Civil Veterinary Dept. Bombay admin report 1907-1913 - 1907-1913
Year: 1907
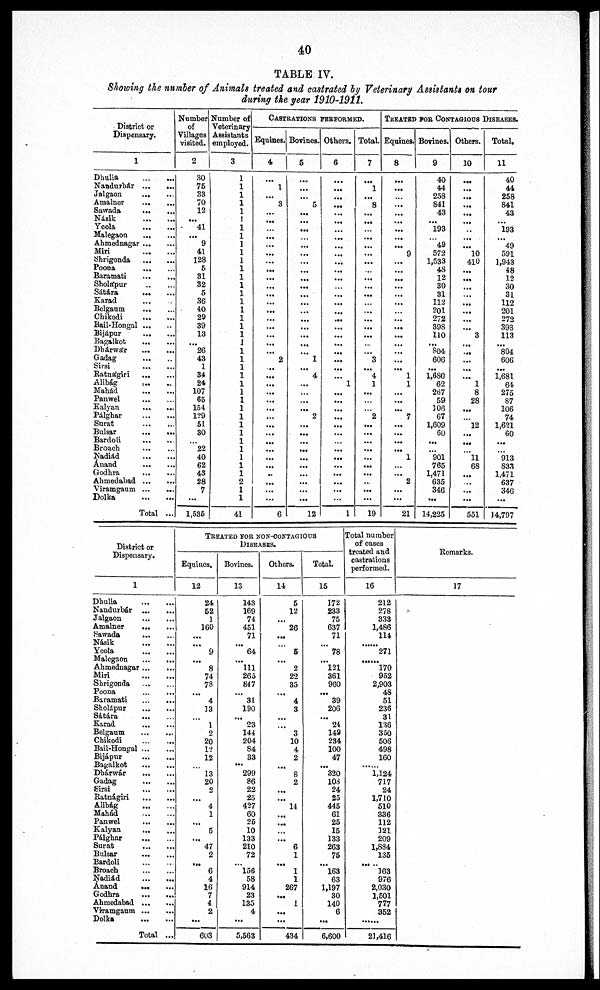
40
TABLE IV.
Showing the number of Animals treated and castrated by Veterinary Assistants on tour
during the year 1910-1911.
District or
Dispensary.
1
Dhulia
...
...
Nandurbár
...
...
Jalgaon
...
...
Amalner
...
...
Sawada
...
...
Násik
...
...
Yeola
...
...
Malegaon
...
...
Ahmednagar ... ...
Miri
...
...
Shrigonda
...
...
Poona
...
...
Baramati
...
...
Sholápur
...
...
Sátára
...
...
Karad ... ...
Belgaum
...
...
Chikodi
...
...
Bail-Hongal ... ...
Bijápur
...
...
Bagalkot
... ...
Dhárwár
...
...
Gadag
...
...
Sirsi
...
...
Ratnágiri
...
...
Alibág ... ...
Mahád
...
...
Panwel
...
...
Kalyan
...
...
Pálghar
...
...
Surat
...
...
Bulsar
...
...
Bardoli
...
...
Broach
...
...
Nadiád
...
...
Anand
...
...
Godhra
...
...
Ahmedabad
...
...
Viramgaum
...
...
Dolka
...
...
Total ...
Number
of
Villages
visited.
2
30
75
33
70
12
...
41
...
9
41
128
5
31
32
5
36
40
29
39
13
...
26
43
1
34
24
107
65
154
129
51
30
...
22
40
62
43
28
7
...
1,536
Number of
Veterinary
Assistants
employed.
3
1
1
1
1
1
1
1
1
1
1
1
1
1
1
1
1
1
1
1
1
1
1
1
1
1
1
1
1
1
1
1
1
1
1
1
1
1
2
1
1
41
CASTRATIONS PERFORMED.
Equines.
4
...
1
...
3
...
...
...
...
...
...
...
...
...
...
...
...
...
...
...
...
...
...
2
...
...
...
...
...
...
...
...
...
...
...
...
...
..
...
...
...
6
Bovines.
5
...
...
...
5
...
...
...
...
...
...
...
...
...
...
...
...
...
...
...
...
...
...
1
...
4
...
...
...
...
2
...
...
...
...
...
...
...
...
...
...
12
Others.
6
...
...
...
...
...
...
...
...
...
...
...
...
...
...
...
...
...
...
...
...
...
...
...
...
...
1
...
...
...
...
...
...
...
...
...
...
...
...
...
...
1
Total.
7
...
1
...
8
...
...
...
...
...
...
...
...
...
...
...
...
...
...
...
...
...
...
3
...
4
1
...
...
...
2
...
...
...
...
...
...
...
...
...
...
19
TREATED FOR CONTAGIOUS DISEASES.
Equines.
8
...
...
...
...
...
...
...
...
...
9
...
...
...
...
...
...
...
...
...
...
...
...
...
...
1
1
...
...
...
7
...
...
...
...
1
...
...
2
...
...
21
Bovines.
9
40
44
258
841
43
...
193
...
49
572
1,533
48
12
30
31
112
201
272
398
110
...
804.
606
...
1,680
62
267
59
106
67
1,609
60
...
...
901
765
1,471
635
346
...
14,225
Others.
10
...
...
...
...
...
...
...
...
...
10
410
...
...
...
...
...
...
...
...
3
...
...
...
...
...
1
8
28
...
...
12
...
...
...
11
68
...
...
...
...
551
Total.
11
40
44
258
841
43
...
193
...
49
591
1,943
48
12
30
31
112
201
272
398
113
...
804
606
...
1,681
64
275
87
106
74
1,621
60
...
...
913
833
1,471
637
346
...
14,797
District or
Dispensary.
1
Dhulia ...
Nandurbár ...
Jalgaon
...
Amalner
...
Sawada ...
Násik ...
Yeola ...
Malegaon ...
Ahmednagar ...
Miri ...
Shrigooda ...
Poona ...
Baramati ...
Sholápur ...
Sátára ...
Karad ...
Belgaum ...
Chikodi ...
Bail-Hongal ...
Bijápur ...
Bagalkot
...
Dhárwár
...
Gadag ...
Sirsi ...
Ratnágiri ...
Alibág ...
Mahád ...
Panwel ...
Kalyan
...
Pálghar ...
Surat ...
Bulsar
...
Bardoli ...
Broach ...
Nadiád ...
Anand
...
Godhra ...
Ahmedabad ...
Viramgaum ...
Dolka ...
Total
...
...
...
...
...
...
...
...
...
...
...
...
...
...
...
...
...
...
...
...
...
...
...
...
...
...
...
...
...
...
...
...
...
...
...
...
...
...
...
...
...
TREATED FOR NON-CONTAGIOUS
DISEASES.
Equines.
12
24
52
1
160
...
...
9
...
8
74
78
...
4
13
...
1
2
20
12
12
...
13
20
2
...
4
1
...
5
...
47
2
...
6
4
16
7
4
2
...
603
Bovines.
13
143
169
74
451
71
...
64
...
111
265
847
... 31
190
... 23
144
204
84
33
...
299
86
22
25
427
60
26
10
133
210
72
...
156
58
914
23
135
4
...
5,563
Others.
14
5
12
...
26
...
...
5
...
2
22
35
...
4
3
...
...
3
10
4
2
...
8
2
...
...
14
...
...
...
...
6
1
...
1
1
267
...
1
...
...
434
Total.
15
172
233
75
637
71
...
78
...
121
361
960
... 39
206
... 24
149
234
100
47
...
320
103
24
25
445
61
25
15
133
263
75
l63
63
1,197
30
140
6
...
6,600
Total number
of cases
treated and
castrations
performed.
16
212
278
333
1,486
114
...
271
...
170
952
2,903
48
51
236
31
130
350
506
498
160
...
1,124
717
24
1,710
510
336
112
121
209
1,884
135
... ..
163
976
2,030
1,501
777
352
...
21,416
Remarks.
17